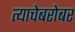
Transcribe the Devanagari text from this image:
त्याचेबरोबर